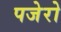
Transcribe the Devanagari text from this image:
पजेरो